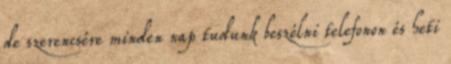
de szerencsére minden nap tudunk beszélni telefonon és heti